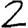
Digit: 2